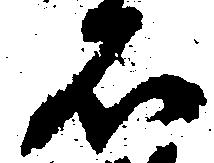
石